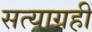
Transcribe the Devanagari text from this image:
सत्याग्रहीं